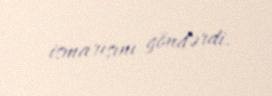
ismarışını göndərdi.